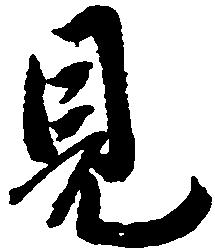
見